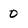
Character: 0